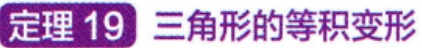
定理 19 三角形的等积变形